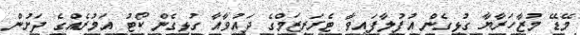
މޭޑޭ މުޒާހަރާޔާ ގުޅިގެން އުފުލާފައިވާ ޓެރަރިޒަމްގެ ދައުވާއާ ގުޅިގެން ކޯޓު އަމުރެއްގެ ދަށުން